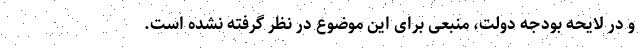
و در لایحه بودجه دولت، منبعی برای این موضوع در نظر گرفته نشده است.